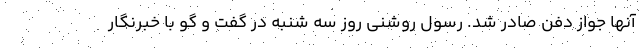
آنها جواز دفن صادر شد. رسول روشنی روز سه شنبه در گفت و گو با خبرنگار